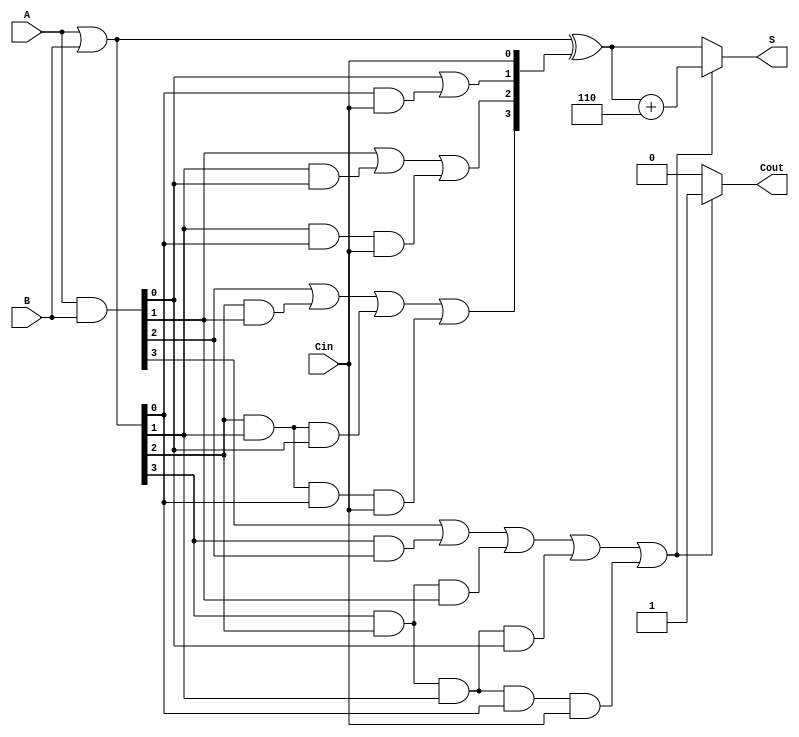
module BCD_Carry_Lookahead_Adder (
    input [3:0] A,       // 4-bit BCD input A
    input [3:0] B,       // 4-bit BCD input B
    input Cin,           // Carry input
    output reg [3:0] S,  // 4-bit sum output
    output reg Cout      // Carry output
);
    wire [3:0] G;        // Generate signals
    wire [3:0] P;        // Propagate signals
    wire [4:0] C;        // Carry signals (C[0] to C[4])
    
    // Generate and Propagate signals
    assign G = A & B;    // G[i] = A[i] AND B[i]
    assign P = A | B;    // P[i] = A[i] OR B[i]

    // Carry lookahead logic
    assign C[0] = Cin;   // C[0] is the carry input
    assign C[1] = G[0] | (P[0] & C[0]);
    assign C[2] = G[1] | (P[1] & G[0]) | (P[1] & P[0] & C[0]);
    assign C[3] = G[2] | (P[2] & G[1]) | (P[2] & P[1] & G[0]) | (P[2] & P[1] & P[0] & C[0]);
    assign C[4] = G[3] | (P[3] & G[2]) | (P[3] & P[2] & G[1]) | (P[3] & P[2] & P[1] & G[0]) | (P[3] & P[2] & P[1] & P[0] & C[0]);

    // Calculate the initial sum
    wire [3:0] initial_sum;
    assign initial_sum = P ^ C[3:0]; // S[i] = P[i] XOR C[i]

    // Final adjustment for BCD
    always @(*) begin
        if (C[4] == 1) begin
            S = initial_sum + 4'b0110; // Adjust by adding 6 if overflow
            Cout = 1;                   // Set carry out
        end else begin
            S = initial_sum;           // No adjustment
            Cout = 0;                  // No carry out
        end
    end
endmodule